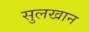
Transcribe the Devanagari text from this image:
सुलखान